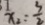
x _ { 2 } = \frac { 3 } { 2 }